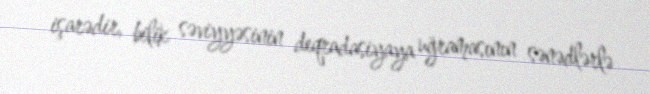
işarədir, bilik səviyyəsinin deqradasiyaya uğramasının sənədlərlə